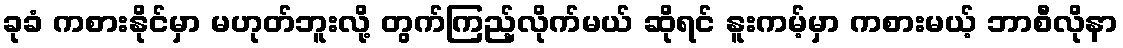
ခုခံ ကစားနိုင်မှာ မဟုတ်ဘူးလို့ တွက်ကြည့်လိုက်မယ် ဆိုရင် နူးကမ့်မှာ ကစားမယ့် ဘာစီလိုနာ